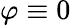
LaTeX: \varphi\equiv 0